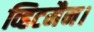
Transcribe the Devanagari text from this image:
व्हिटमैन।